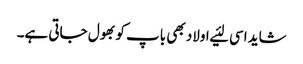
شاید اسی لئیے اولاد بھی باپ کو بھول جاتی ہے۔